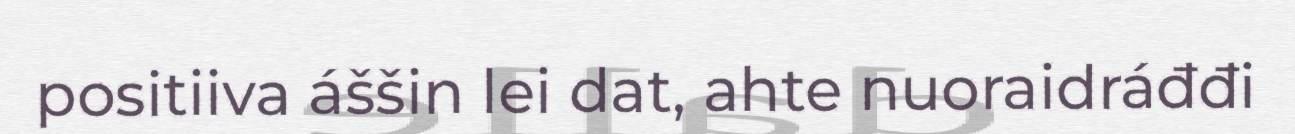
positiiva áššin lei dat, ahte nuoraidráđđi